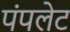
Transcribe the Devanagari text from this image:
पंपलेट